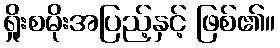
ရှိုးစမိုးအပြည့်နှင့် ဖြစ်၏။